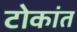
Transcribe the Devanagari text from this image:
टोकांत